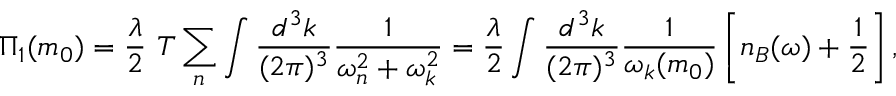
\Pi _ { 1 } ( m _ { 0 } ) = \frac { \lambda } { 2 } ~ T \sum _ { n } \int \frac { d ^ { 3 } k } { ( 2 \pi ) ^ { 3 } } \frac { 1 } { \omega _ { n } ^ { 2 } + \omega _ { k } ^ { 2 } } = \frac { \lambda } { 2 } \int \frac { d ^ { 3 } k } { ( 2 \pi ) ^ { 3 } } \frac { 1 } { \omega _ { k } ( m _ { 0 } ) } \left[ n _ { B } ( \omega ) + \frac { 1 } { 2 } \right] ,